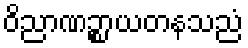
ဝိညာဏဉ္စာယတနသညံ